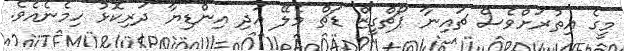
މީގެ އިތުރަށްވެސް ޗައިނާ ޕޯޗްގީޒް ޑަޗް މެލޭ އަދި އިންޑިޔާ ދަރިކޮޅު ހިމެނެއެވެ.